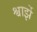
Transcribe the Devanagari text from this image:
श्वार्झे